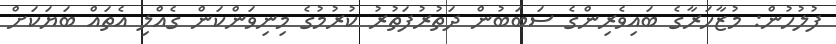
ފުލުހުން: މުޒާހަރާގެ ބައިވެރިންގެ ސަބަބުން ދަތުރުފަތުރު ކުރުމުގެ މިނިވަންކަން ގެއްލި އެތައް ބަޔަކަށް